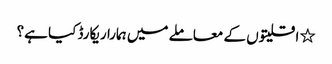
٭ اقلیتوں کے معاملے میں ہمارا ریکارڈ کیا ہے؟